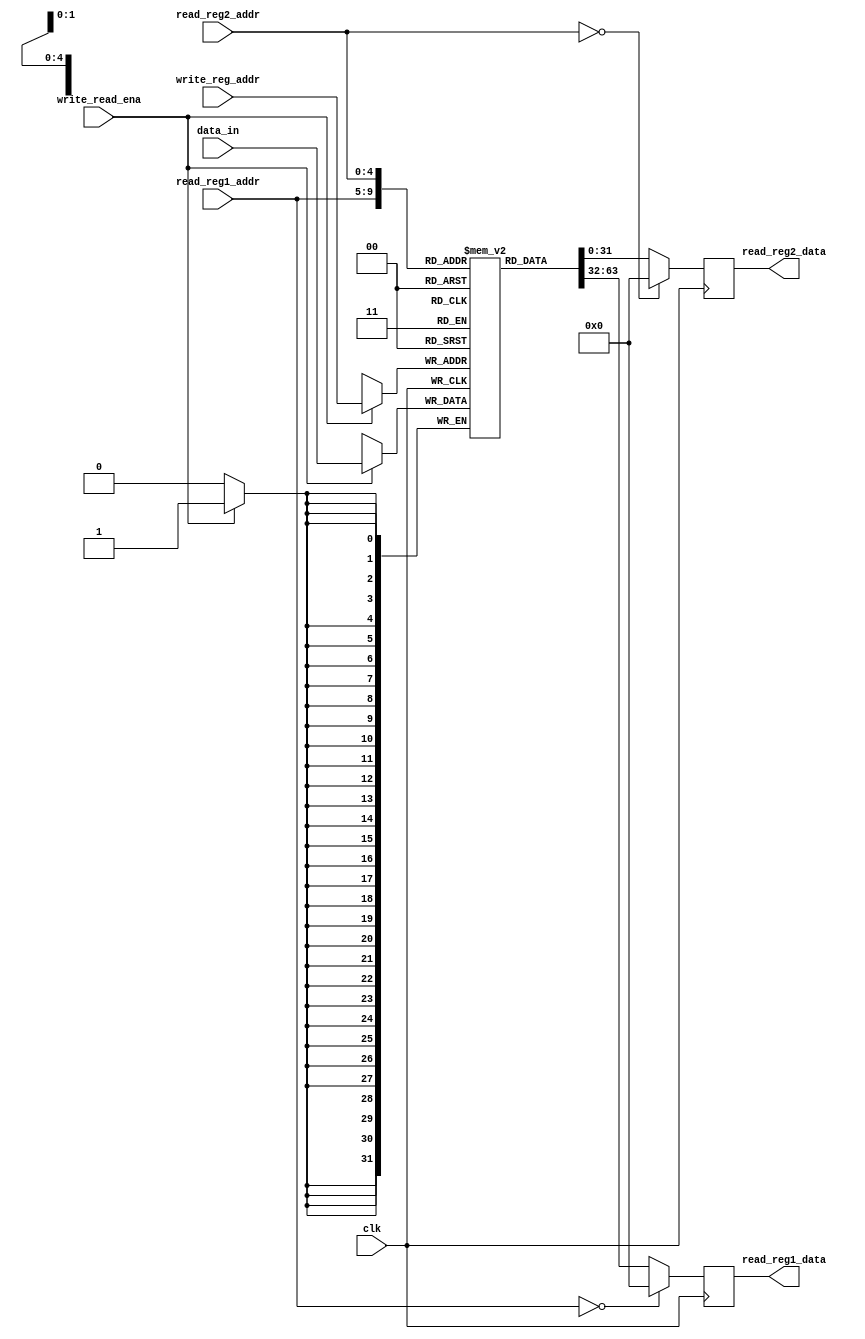
module mips_regfile
(
	read_reg1_addr	,
    read_reg2_addr	,
    write_reg_addr	,
    data_in			,
    write_read_ena	,
    clk				,
                    
    read_reg1_data	,
    read_reg2_data	
);

reg [31:0] regs[31:0];

input [4:0] read_reg1_addr;
input [4:0] read_reg2_addr;
input [4:0] write_reg_addr;
input clk, write_read_ena;
input [31:0] data_in;

output reg [31:0] read_reg1_data;
output reg [31:0] read_reg2_data;

    always@(negedge clk) begin
        if(!read_reg1_addr)
            read_reg1_data[31:0] = 0;
        else
            read_reg1_data[31:0] = regs[read_reg1_addr];
        if(!read_reg2_addr)
            read_reg2_data[31:0] = 0;
        else
            read_reg2_data[31:0] = regs[read_reg2_addr];

        if(write_read_ena) begin
            regs[write_reg_addr] = data_in[31:0];
        end
    end
endmodule